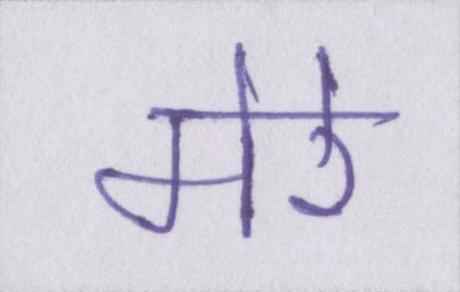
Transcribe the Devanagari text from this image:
मेरे